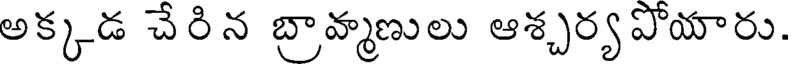
అక్కడ చేరిన బ్రావ్మణులు ఆశ్చర్యపోయారు.